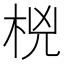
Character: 𰗟